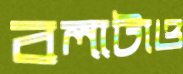
বলাটাও